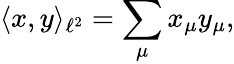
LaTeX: \langle x,y\rangle_{\ell^{2}}=\sum_{\mu}x_{\mu}y_{\mu},